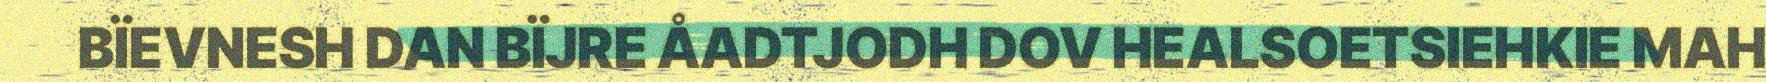
BÏEVNESH DAN BÏJRE ÅADTJODH DOV HEALSOETSIEHKIE MAH